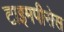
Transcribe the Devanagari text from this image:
टाइमपीसेस